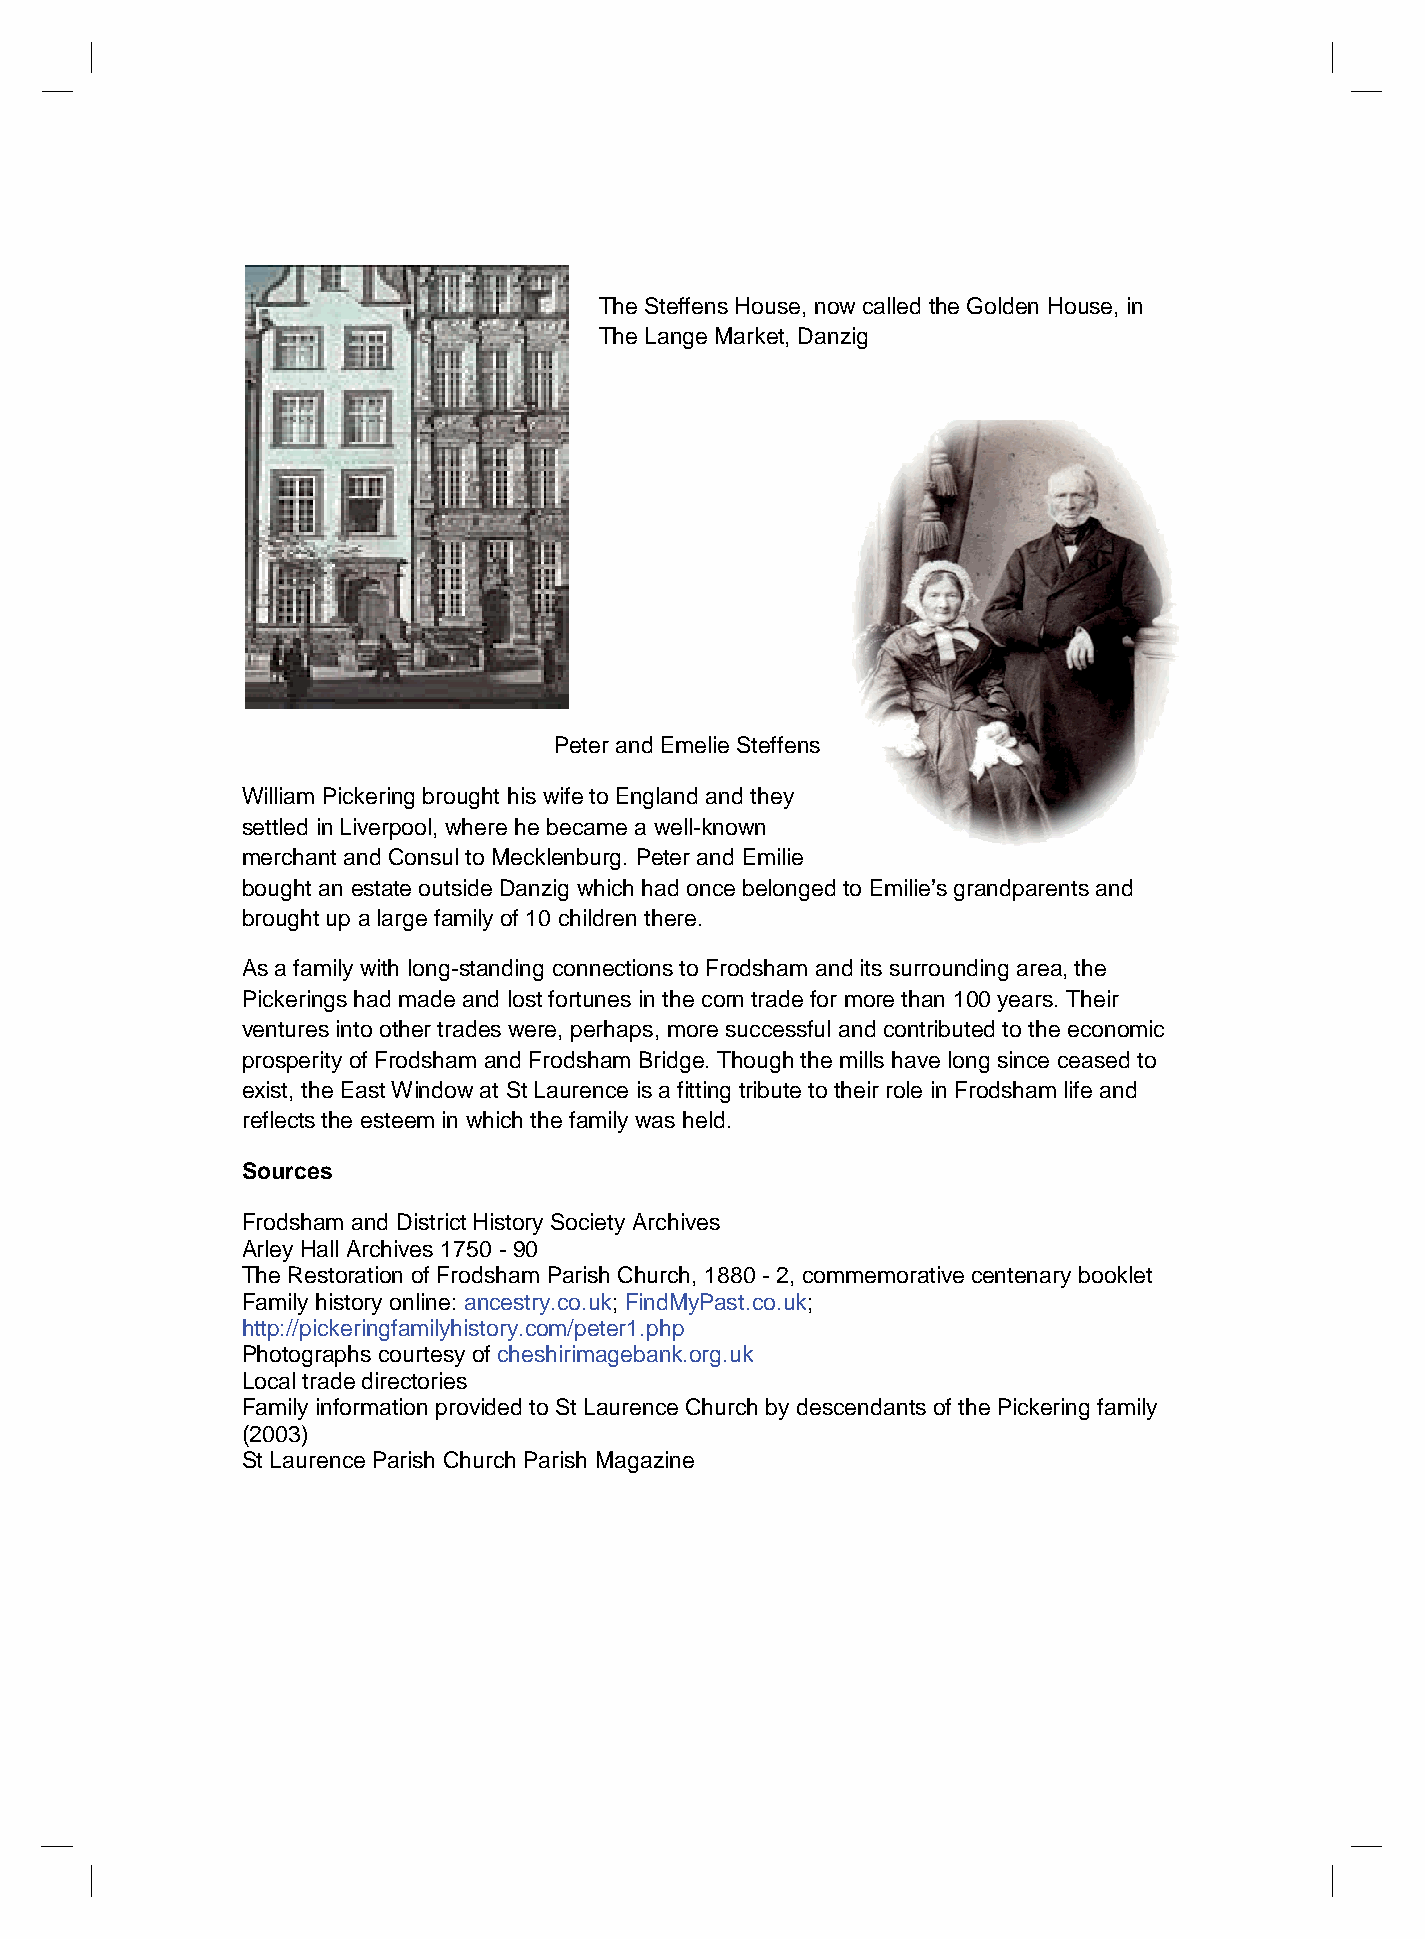
The Steffens House, now called the Golden House, in
 The Lange Market, Danzig
 Peter and Emelie Steffens
 William Pickering brought his wife to England and they
 settled in Liverpool, where he became a well-known
 merchant and Consul to Mecklenburg. Peter and Emilie
 bought an estate outside Danzig which had once belonged to Emilie’s grandparents and
 brought up a large family of 10 children there.
 As a family with long-standing connections to Frodsham and its surrounding area, the
 Pickerings had made and lost fortunes in the corn trade for more than 100 years. Their
 ventures into other trades were, perhaps, more successful and contributed to the economic
 prosperity of Frodsham and Frodsham Bridge. Though the mills have long since ceased to
 exist, the East Window at St Laurence is a fitting tribute to their role in Frodsham life and
 reflects the esteem in which the family was held.
 Sources
 Frodsham and District History Society Archives
 Arley Hall Archives 1750 - 90
 The Restoration of Frodsham Parish Church, 1880 - 2, commemorative centenary booklet
 Family history online: ancestry.co.uk; FindMyPast.co.uk;
 http://pickeringfamilyhistory.com/peter1.php
 Photographs courtesy of cheshirimagebank.org.uk
 Local trade directories
 Family information provided to St Laurence Church by descendants of the Pickering family
 (2003)
 St Laurence Parish Church Parish Magazine